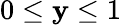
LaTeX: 0\leq\mathbf{y}\leq1